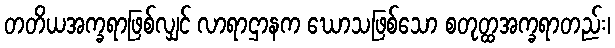
တတိယအက္ခရာဖြစ်လျှင် လာရာဌာနက ဃောသဖြစ်သော စတုတ္ထအက္ခရာတည်း၊